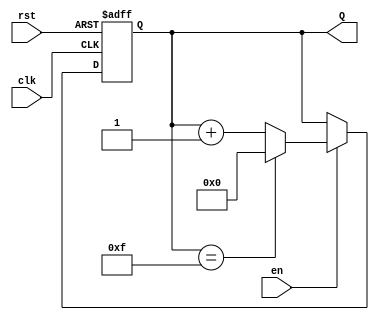
module UpCounter (
    input wire clk,       // Clock input
    input wire en,        // Enable input
    input wire rst,       // Asynchronous reset input
    output reg [N-1:0] Q  // n-bit output for the count
);
    parameter N = 4; // Define the width of the counter (number of bits)

    always @(posedge clk or posedge rst) begin
        if (rst) begin
            Q <= 0; // Reset the counter to zero
        end else if (en) begin
            Q <= (Q == (2**N - 1)) ? 0 : Q + 1; // Increment counter with rollover
        end
    end
endmodule